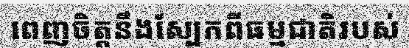
ពេញចិត្តនឹងស្បែកពីធម្មជាតិរបស់